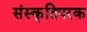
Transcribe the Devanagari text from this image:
संस्कृतिपरक